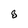
Character: 8